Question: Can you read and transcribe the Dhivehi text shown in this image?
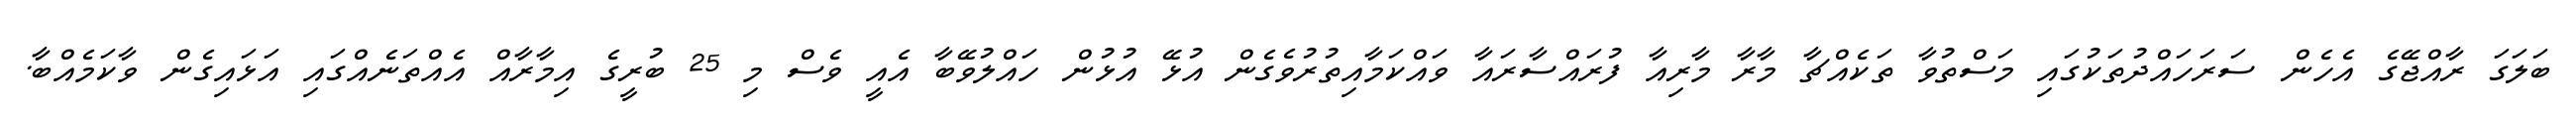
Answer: ބަލަގަ ރާއްޖޭގެ އެހެން ސަރަހައްދުތަކުގައި މަސްތުވާ ތަކެއްޗާ މާރާ މާރިއާ ފުރައްސާރައާ ވައްކަމާއިތުރުވެގެން އުޅޭ އުޅުން ހައްލުވޭބާ އެއީ ވެސް މި 25 ބުރީގެ އިމާރާއް އެއްތަނެއްގައި އަޅައިގެން ވާކަމެއްބާ.